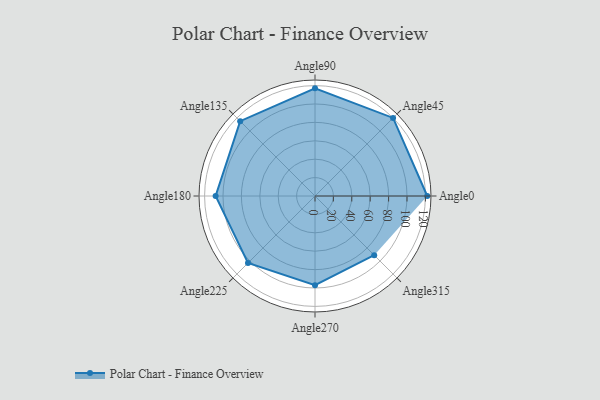
{"axis": {"x": "Angle", "y": "Radius"}, "legend": [""], "data": [{"x": "Angle0", "y": 122.0, "type": ""}, {"x": "Angle45", "y": 120.0, "type": ""}, {"x": "Angle90", "y": 117.0, "type": ""}, {"x": "Angle135", "y": 115.0, "type": ""}, {"x": "Angle180", "y": 108.0, "type": ""}, {"x": "Angle225", "y": 103.0, "type": ""}, {"x": "Angle270", "y": 97.0, "type": ""}, {"x": "Angle315", "y": 91.0, "type": ""}]}